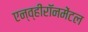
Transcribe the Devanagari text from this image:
एन्व्हीरॉनमेंटल